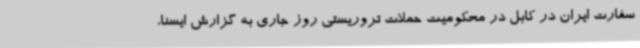
سفارت ایران در کابل در محکومیت حملات تروریستی روز جاری به گزارش ایسنا،